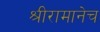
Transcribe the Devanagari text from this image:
श्रीरामानेच